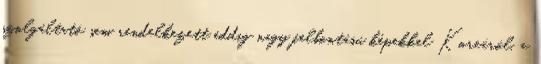
szolgáltató sem rendelkezett eddig nagy felbontású képekkel Koreáról, a